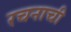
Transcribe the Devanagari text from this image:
रचनाची